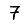
Digit: 7